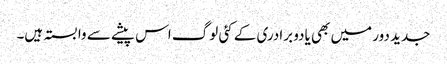
جدید دور میں بھی یادو برادری کے کئی لوگ اس پیشے سے وابستہ ہیں۔